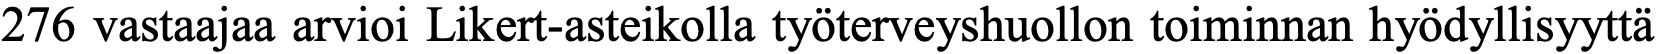
276 vastaajaa arvioi Likert-asteikolla työterveyshuollon toiminnan hyödyllisyyttä